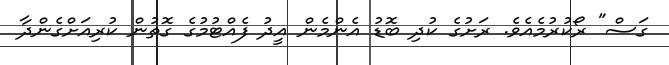
ގަސް" ރޯކުރުމެއެވެ. ރަށުގެ ކުދި ބޮޑު އެންމެން އީދު ފެއްޓުމުގެ ގޮތުން ކުރިއަށްގެންދާ